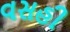
વસહી